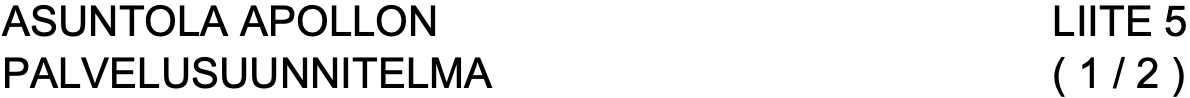
ASUNTOLA APOLLON                   LIITE 5 PALVELUSUUNNITELMA                 ( 1 / 2 )